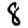
Digit: 8